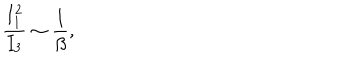
\frac { I _ { 1 } ^ { 2 } } { I _ { 3 } } \sim \frac { 1 } { \beta } ,